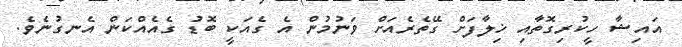
އައިޝާ ހީކުރިގޮތާއި ޚިލާފަށް ގޭތެރެއަށް ވަނުމުން އެ ގެއަކީ ބޮޑު ގެއެއްކަން އެނގުނެވެ.